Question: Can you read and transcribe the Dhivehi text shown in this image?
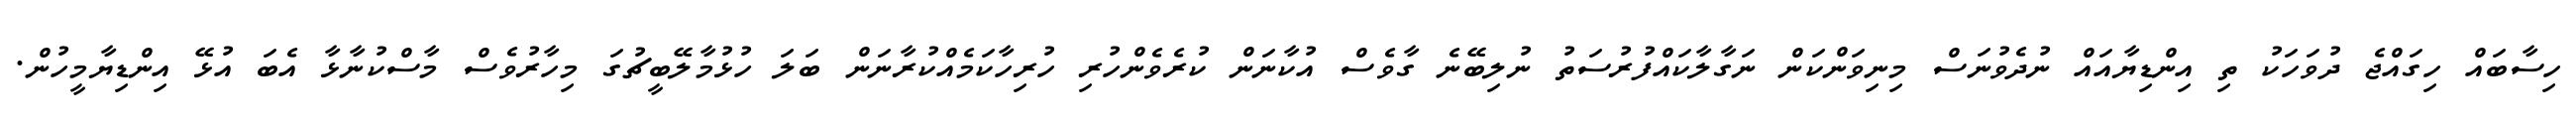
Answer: ހިސާބައް ހިގައްޖެ ދުވަހަކު ތި އިންޑިޔާއައް ނުދެވުނަސް މިނިވަންކަން ނަގާލާކައްފުރުސަތު ނުލިބޭނެ ގާވެސް އުކާނަން ކުރެވެންހުރި ހުރިހާކަމެއްކުރާނަން ބަލަ ހުޅުމާލޭބީޗުގަ މިހާރުވެސް މާސްކުނާޅާ އެބަ އުޅޭ އިންޑިޔާމީހުން.